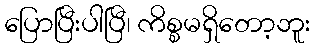
ပြောပြီးပါပြီ၊ ကိစ္စမရှိတော့ဘူး